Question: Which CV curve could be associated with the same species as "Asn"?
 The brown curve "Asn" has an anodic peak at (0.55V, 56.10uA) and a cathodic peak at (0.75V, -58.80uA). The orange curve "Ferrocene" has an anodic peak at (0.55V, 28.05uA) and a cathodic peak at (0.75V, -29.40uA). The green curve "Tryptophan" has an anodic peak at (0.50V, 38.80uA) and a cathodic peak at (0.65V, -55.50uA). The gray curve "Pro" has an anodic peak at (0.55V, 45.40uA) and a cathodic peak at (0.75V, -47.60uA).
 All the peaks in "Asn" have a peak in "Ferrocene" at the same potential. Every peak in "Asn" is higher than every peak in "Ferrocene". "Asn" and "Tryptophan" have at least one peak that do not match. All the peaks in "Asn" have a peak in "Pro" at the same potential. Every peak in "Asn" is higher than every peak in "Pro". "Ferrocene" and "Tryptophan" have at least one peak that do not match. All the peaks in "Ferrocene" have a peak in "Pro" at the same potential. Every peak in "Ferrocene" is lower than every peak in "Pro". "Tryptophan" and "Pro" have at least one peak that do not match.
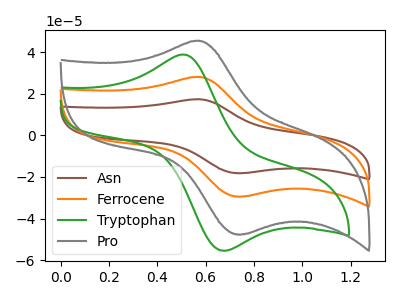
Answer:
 <answer>"Asn" and "Ferrocene" have a similar shape to "Pro".</answer>
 <eval>"Asn" "Ferrocene"</eval>